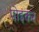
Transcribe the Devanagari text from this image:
पोइंकर